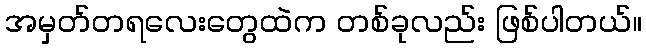
အမှတ်တရလေးတွေထဲက တစ်ခုလည်း ဖြစ်ပါတယ်။